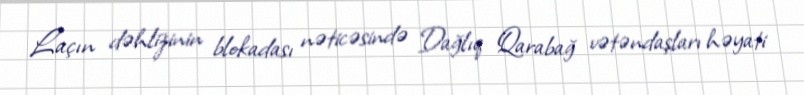
Laçın dəhlizinin blokadası nəticəsində Dağlıq Qarabağ vətəndaşları həyati